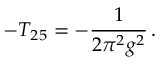
- T _ { 2 5 } = - \frac { 1 } { 2 \pi ^ { 2 } g ^ { 2 } } \, .